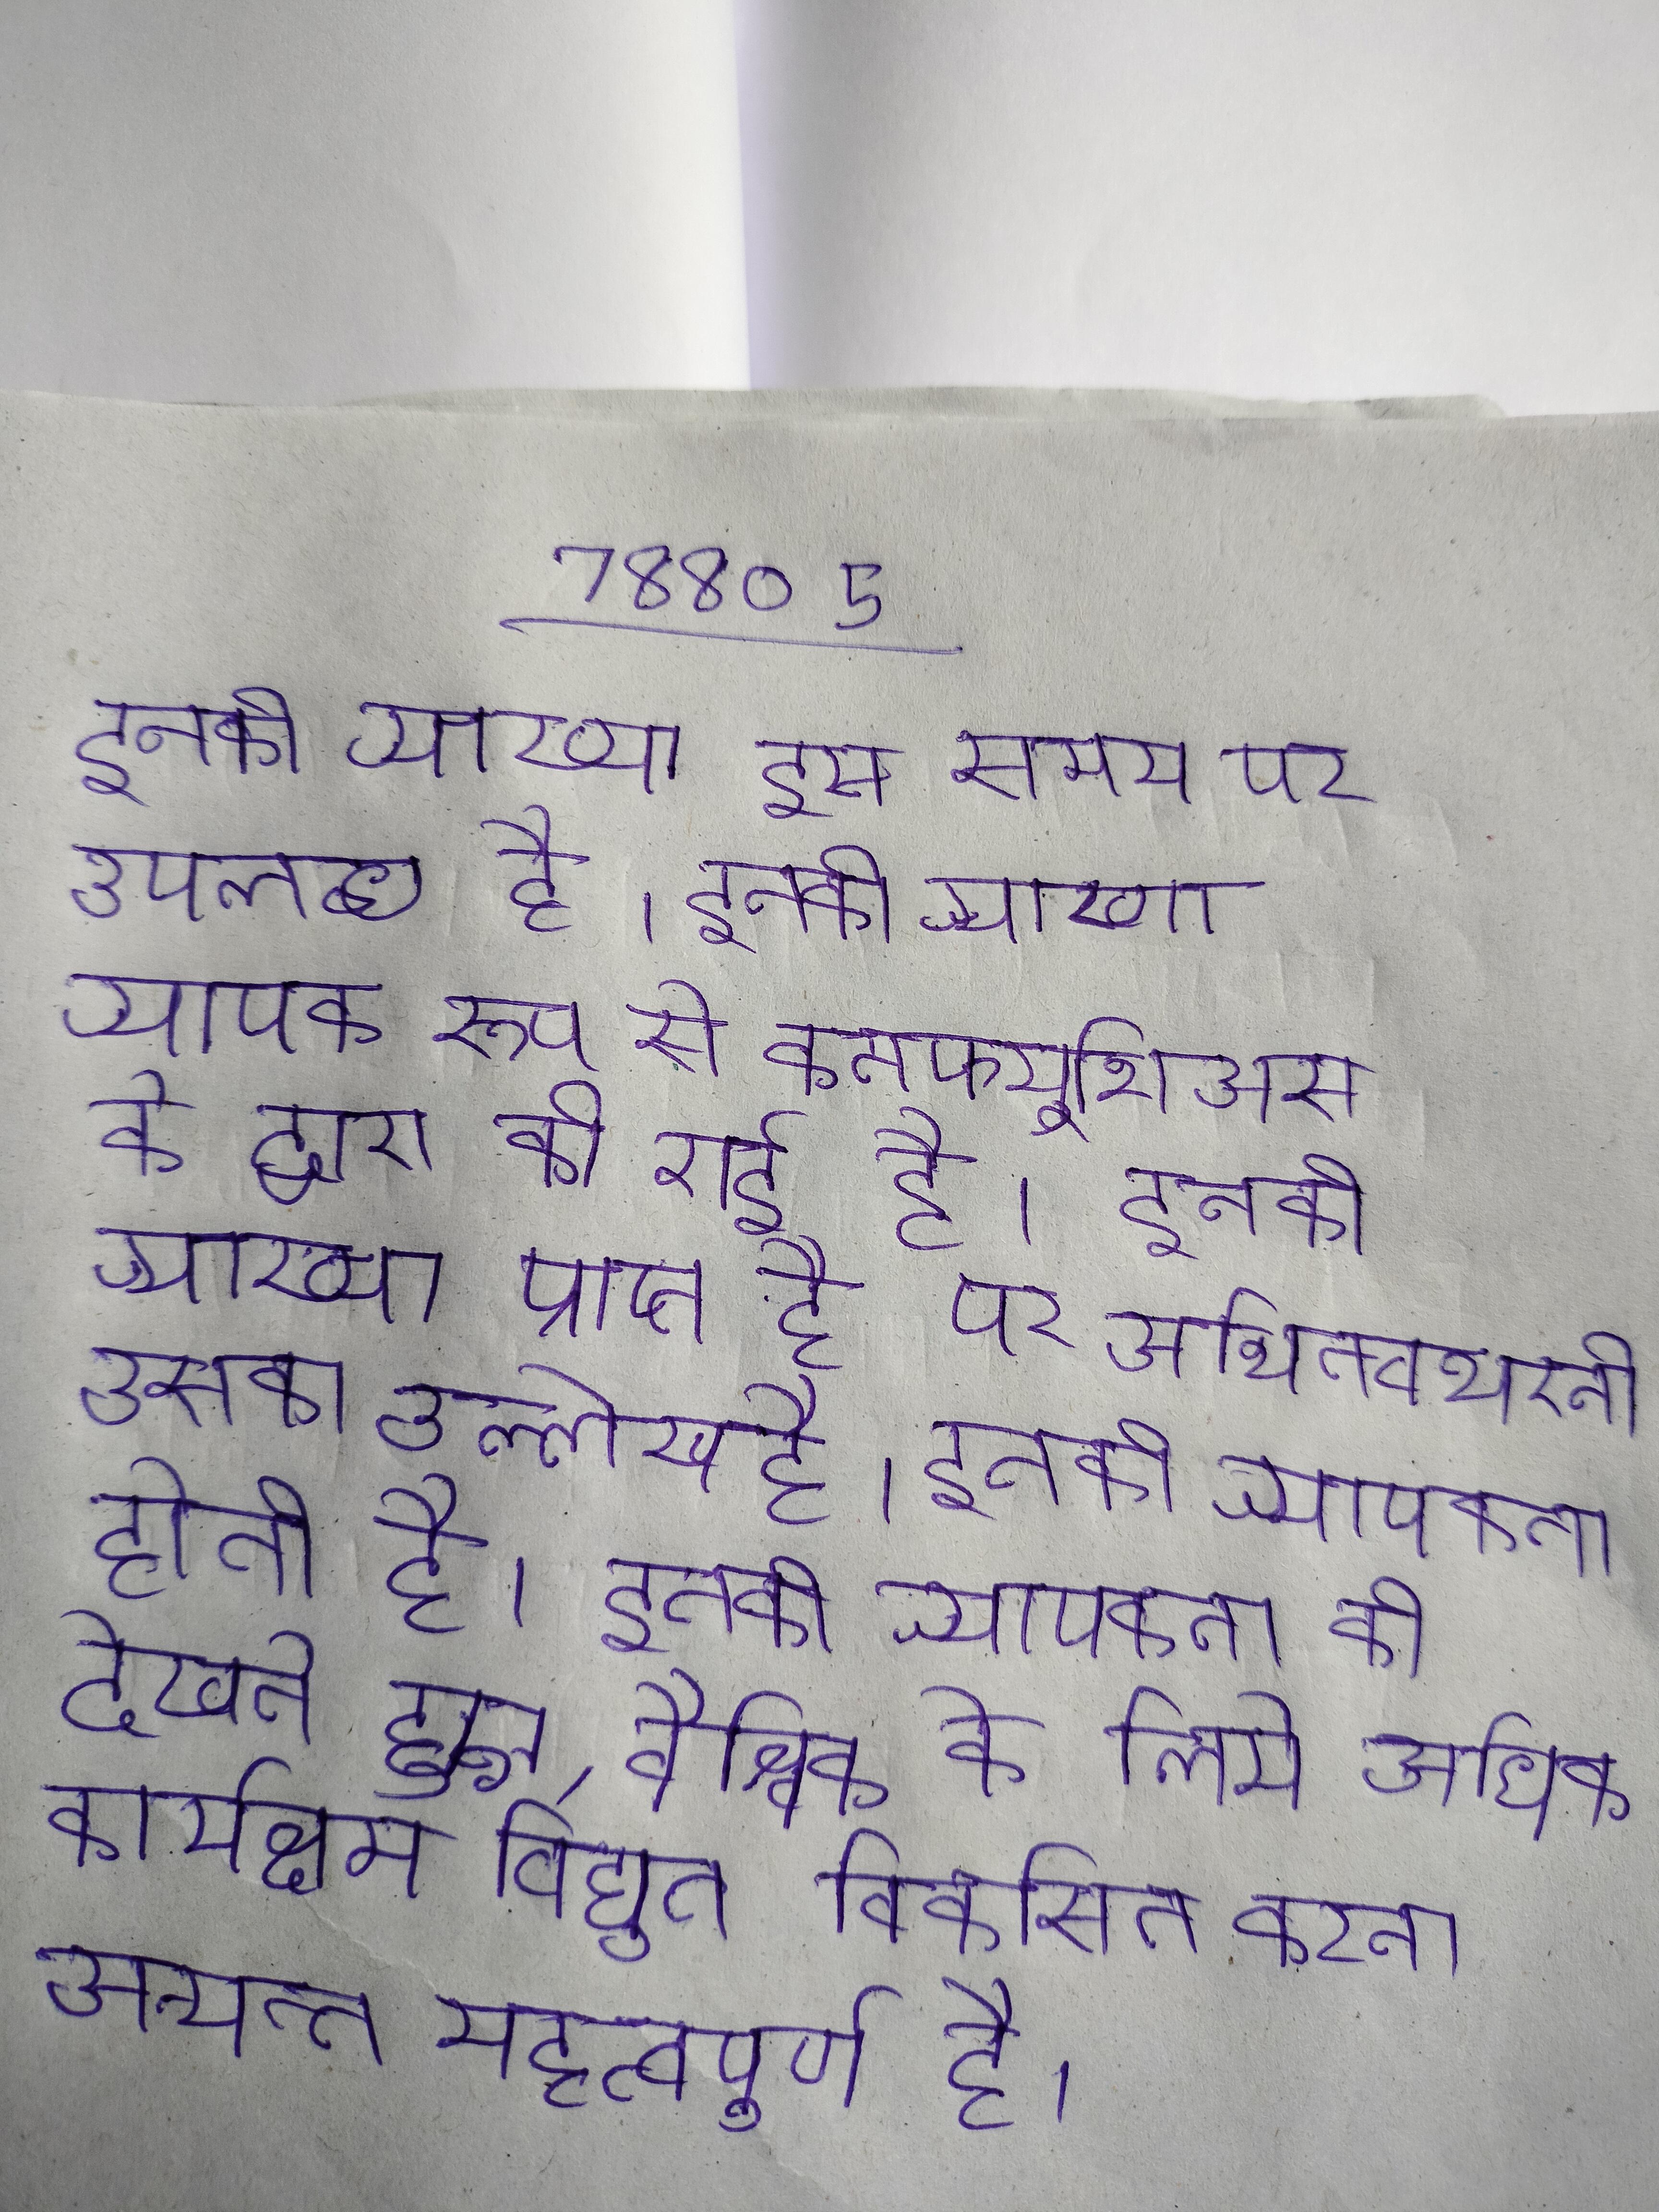
इनकी व्याख्या इस समय पर उपलब्ध है । इनकी व्याख्या व्यापक रूप से कनफ्यूशिअस के द्वारा की गई है । इनकी व्याख्या प्राप्त है पर अभिनवभारती उसका उल्लेख है । इनकी व्यापकता होती है । इनकी व्यापकता को देखते हुए, वैश्विक के लिये अधिक कार्यक्षम विद्युत विकसित करना अत्यन्त महत्वपूर्ण है ।